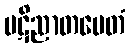
ပဋိညာတမေတံ